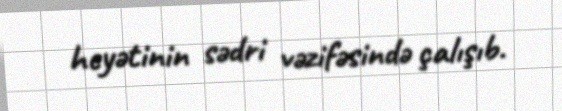
heyətinin sədri vəzifəsində çalışıb.